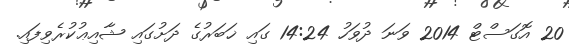
20 އޮގަސްޓް 2014 ވަނަ ދުވަހު 14:24 ގައި ޚަބަރުގެ ދަށުގައި ޝާއިޢުކުރެވިފައި.